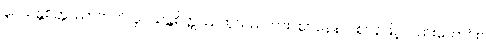
ဝူပသန္တစိတ္တဿာတတိ၊ ဝူပသန္တစိတ္တဿဟူသည်ကား။ ဈာနေနဝါ ဈာန်ဖြင့်လည်းကောင်း။